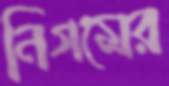
নিগমের